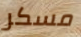
مسكر